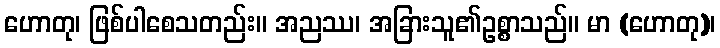
ဟောတု၊ ဖြစ်ပါစေသတည်း။ အညဿ၊ အခြားသူ၏ဥစ္စာသည်။ မာ (ဟောတု)၊